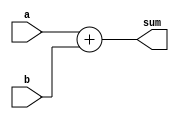
module ADDER #(parameter DATA_WIDTH = 16)(
    input [DATA_WIDTH-1:0] a,
    input [DATA_WIDTH-1:0] b,
    output reg [DATA_WIDTH-1:0] sum
);

always @(*) begin
    sum = a + b;
end
endmodule